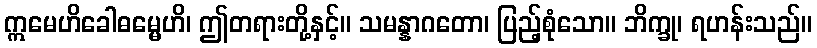
ဣမေဟိခေါဓမ္မေဟိ၊ ဤတရားတို့နှင့်။ သမန္နာဂတော၊ ပြည့်စုံသော။ ဘိက္ခု၊ ရဟန်းသည်။